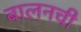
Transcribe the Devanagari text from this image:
बालनची